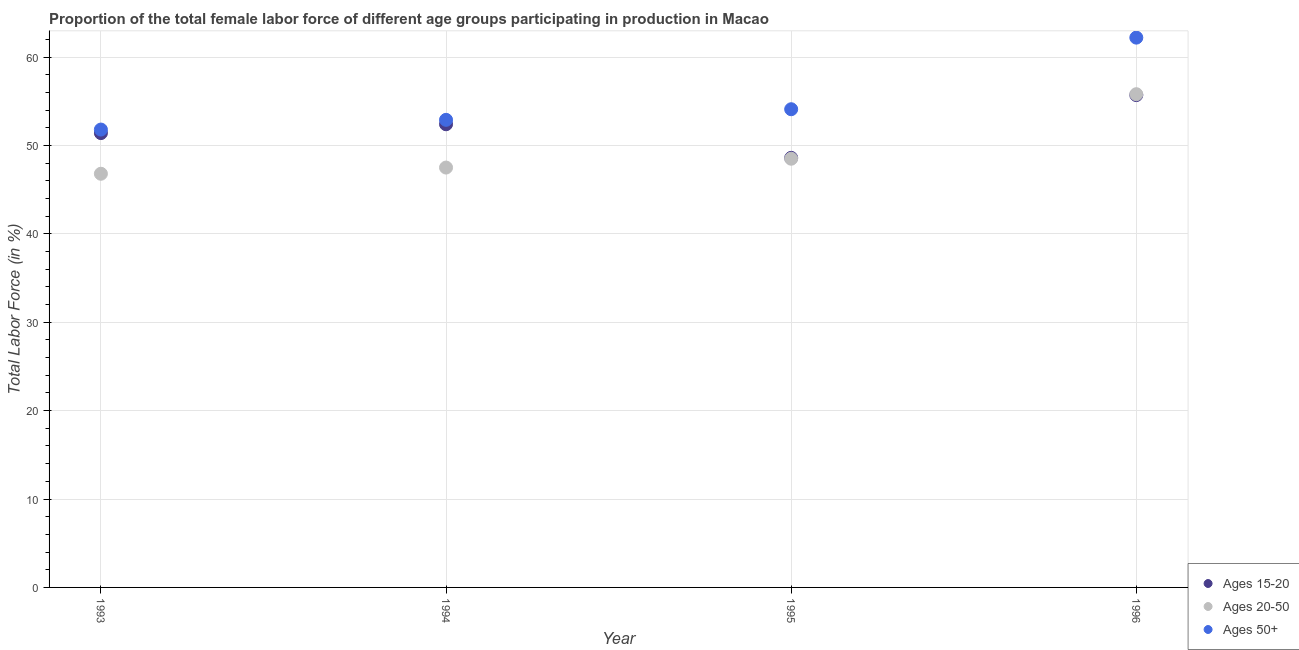
| Year | Ages 15-20 | Ages 20-50 | Ages 50+ |
 | --- | --- | --- | --- |
 | 1993 | 51.4 | 46.8 | 51.8 |
 | 1994 | 52.4 | 47.5 | 52.9 |
 | 1995 | 48.6 | 48.5 | 54.1 |
 | 1996 | 55.7 | 55.8 | 62.2 |